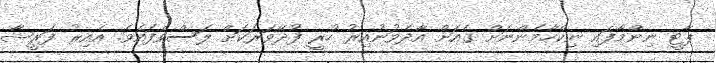
ޕާޓީ ނިންމާފައި ނިކްހާމެންނަށް ގެއަށް އާދެވުނުއިރު ހުރީ ފުދޭވަރަކަށް ލަސްވެފައެވެ. އެއިރު ފަރީޝާ